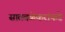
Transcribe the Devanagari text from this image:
सातवळेकरांकडे